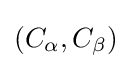
(C_{\alpha },C_{\beta })